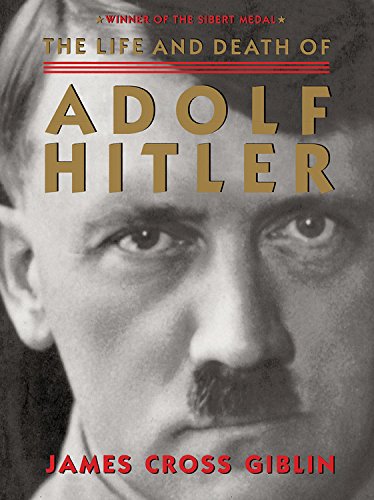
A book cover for The Life and Death of Adolf Hitler; James Cross Giblin; Children's Books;